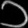
Digit: ၁